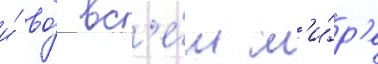
и́ во́ вс'е́м м'и́р'е